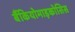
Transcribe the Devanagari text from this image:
बैंकियोमाइकोसिस